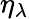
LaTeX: \eta_{\lambda}